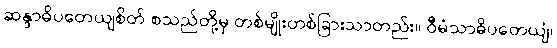
ဆန္ဒာဓိပတေယျစိတ် စသည်တို့မှ တစ်မျိုးတစ်ခြားသာတည်း။ ဝီမံသာဓိပတေယျံ၊